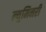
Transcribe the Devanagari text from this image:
ल्युमिनरी